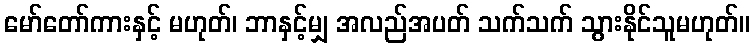
မော်တော်ကားနှင့် မဟုတ်၊ ဘာနှင့်မျှ အလည်အပတ် သက်သက် သွားနိုင်သူမဟုတ်။